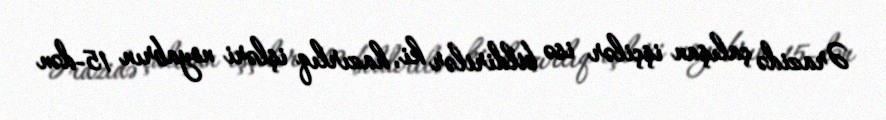
Ərazidə çalışan işçilər isə bildirilər ki, hazırlıq işləri noyabrın 15-dən